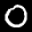
Label: 0